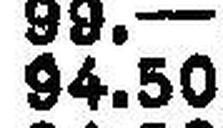
94.50